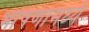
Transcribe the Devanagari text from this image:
भाषणामध्ये